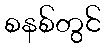
စနစ်တွင်